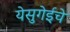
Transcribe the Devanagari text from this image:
येसुगेईचे